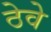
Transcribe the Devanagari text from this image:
ठेवे